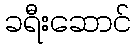
ခရီးဆောင်